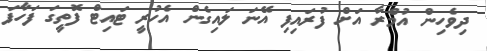
ދިވެހިން އުމްރާ އަށް ފުރައިފި އޭނަ ލައިގެން އެހުރީ ޓައިޓް ފޮތީގަ ފަހާފަ